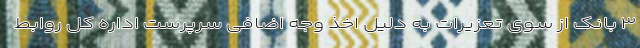
۳ بانک از سوی تعزیرات به دلیل اخذ وجه اضافی سرپرست اداره کل روابط